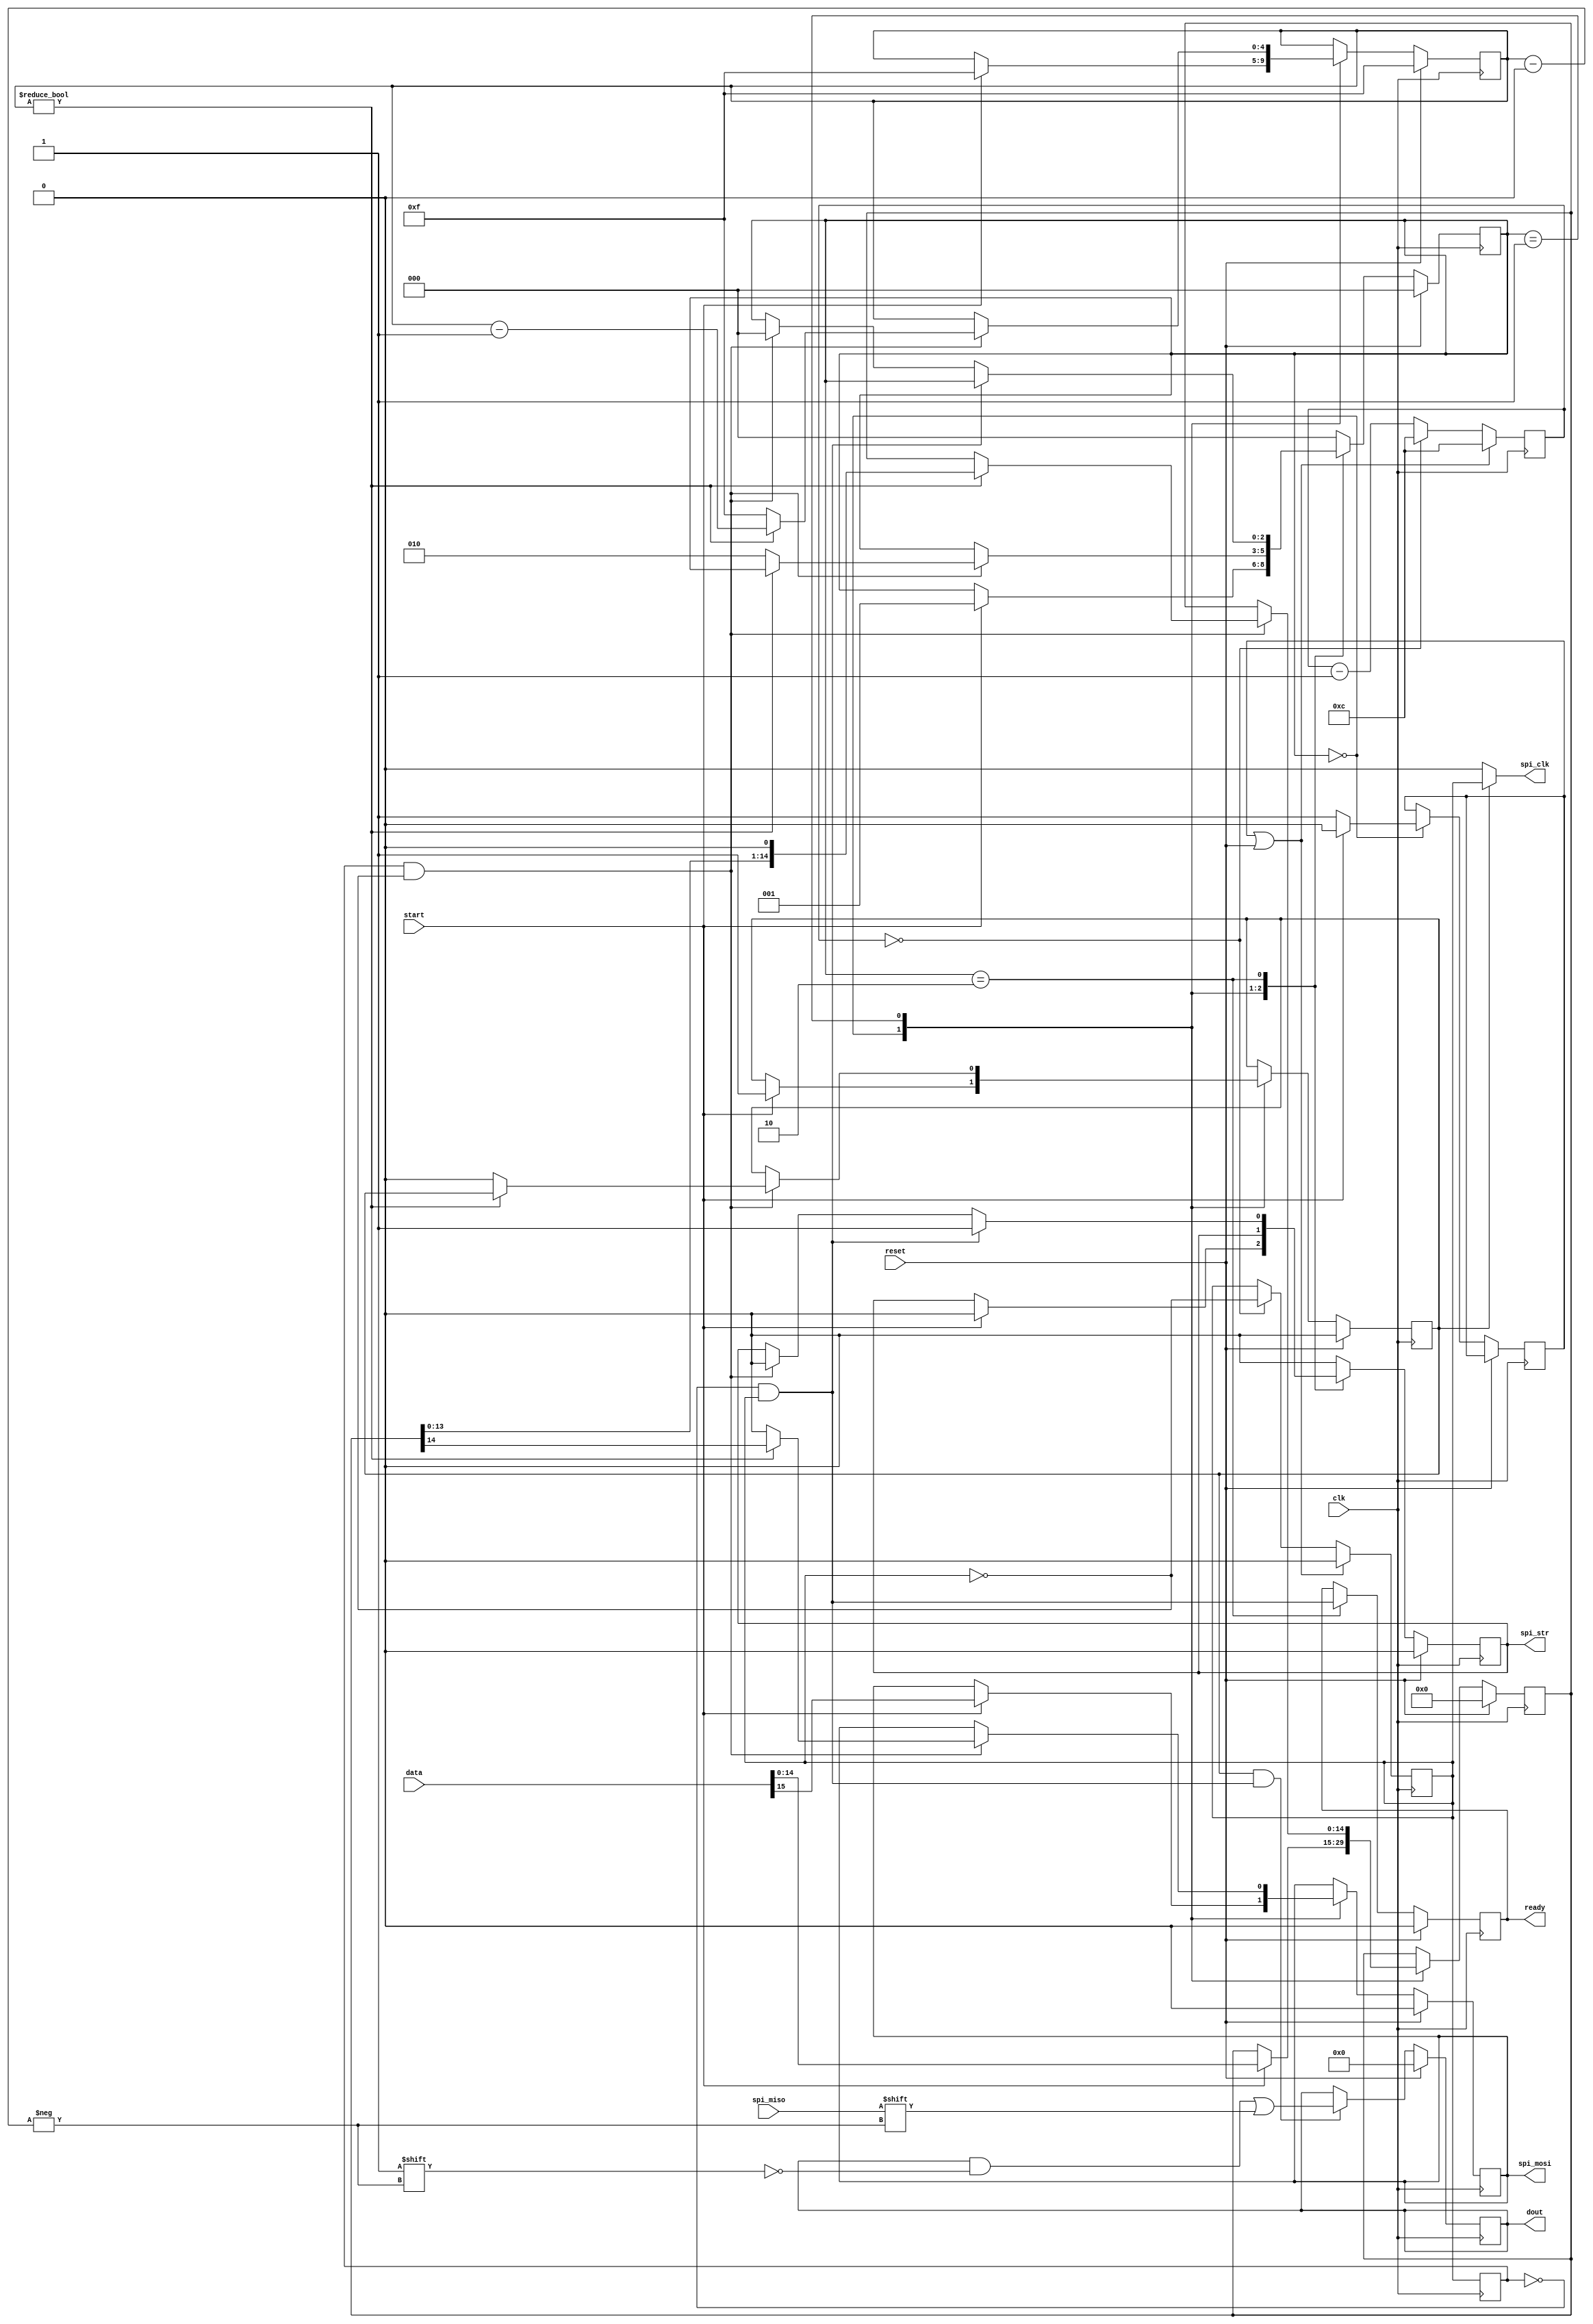
`timescale 1 ns / 1 ps
module spi_master (

	// output wire clk_1MHz_test,
	output wire spi_clk,
	output reg spi_mosi,
	output reg spi_str = 0,
	input wire spi_miso,

	output wire [15:0] dout,
	input wire [15:0] data,

	input wire start,
	output reg ready = 0,
	input wire reset,
	input wire clk
);

parameter [4:0] P_LEN = 5'h0F ; //  
parameter [3:0] SPEED_DIV = 4'hC ;	//   

parameter [2:0] WAIT = 0;
parameter [2:0] TX_RX = 1;
parameter [2:0] STROB_SET = 2;


reg [14:0] Temp_OUT;
reg [15:0] Temp_IN;
reg [4:0] i = P_LEN;

reg [3:0] count_clk1 = SPEED_DIV;
reg clk_1MHz = 0;
reg clk_rst = 0;
reg flag_exeq = 0;

reg [2:0] st_mach = WAIT;

reg prev_posdg;
wire back_edge;
wire front_edge;

always @(posedge clk)		//       ,   1
	prev_posdg <= clk_1MHz;

// assign clk_1MHz_test = clk_1MHz ;

assign back_edge = prev_posdg & ~clk_1MHz;	//   
assign front_edge = ~prev_posdg & clk_1MHz;	//  

assign dout = Temp_IN;			//  
assign spi_clk = (flag_exeq) ?  clk_1MHz : 1'b0 ;	//	  SPI
//-=-=-=-=-=-=-=-=-=-=-=-=-=-=-=-=-=-=-=-=-=-=-=-=-=-=-=-=-=-=-=-=-=-=-=-=-=-=-=-=-=-=-=-=-=-=-=-=-
		//	    (posedge & negedge),    
		//	 1,   ISE   -
	always @(posedge clk) begin		//   .  ~1.04 
		if (clk_rst || reset) begin	//	    "",  
			count_clk1 <= SPEED_DIV;
			clk_1MHz <= 0;	//   0 , ..       1      
		end
		else begin					//	    12  (25/12 =~1.04)
			if ( !count_clk1 ) begin
				count_clk1 <= SPEED_DIV ;
				clk_1MHz <= ~clk_1MHz ;
			end
			else
				count_clk1 <= count_clk1 - 1;	//  ,    :/
		end
	end

	always @(negedge clk) begin
		if (reset) begin		// 
			spi_mosi <= 0;
			spi_str  <= 0;
			Temp_OUT <= 0;
			flag_exeq <= 0;
			ready <= 0;
			i <= P_LEN;
			st_mach <= WAIT;
		end
		else begin
			//		  
			case (st_mach)
			WAIT : begin	//    ,      
				clk_rst <= 1;

				if (start) begin
					Temp_OUT <= data[14:0];  //     
					flag_exeq <= 1'b1;		//      spi_clk(   assign)
					spi_mosi <= data[15];	//   
					spi_str <= 0;
					i <= P_LEN;   //    ,     
					clk_rst <= 0;

					st_mach <= TX_RX;
				end
			end

			TX_RX : begin		//       ,  RX  
				if (back_edge) begin		//     1
					if (i) begin //      
						Temp_OUT <= Temp_OUT << 1;
						spi_mosi <= Temp_OUT[14];
						i <= i-1;
					end
					else begin	//   
						flag_exeq <= 1'b0;		//  SPI_CLK
						i <= P_LEN;
						spi_mosi <= 1'b0;
						st_mach <= STROB_SET;
					end
				end
			end

			STROB_SET : begin	//     ,

				ready <= front_edge;
				if (front_edge)		//    1   1
					spi_str <= 1;
				else if (back_edge) begin	//    0,     
					spi_str <= 0;
					st_mach <= WAIT;
				end
			end

			default : begin		//      ,       
				spi_str  <= 0;
				st_mach <= WAIT;
			end
			endcase
		end
	end

	always @(posedge clk)	//   ,  
		if (reset)
			Temp_IN <= 16'b0;
		else
		// ------------>
			if ( flag_exeq & front_edge )
				Temp_IN[i] <= spi_miso;


endmodule